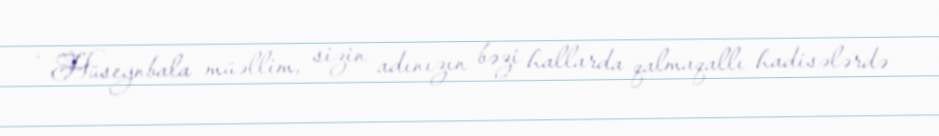
- Hüseynbala müəllim, sizin adınızın bəzi hallarda qalmaqallı hadisələrdə